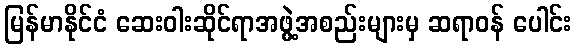
မြန်မာနိုင်ငံ ဆေးဝါးဆိုင်ရာအဖွဲ့အစည်းများမှ ဆရာဝန် ပေါင်း